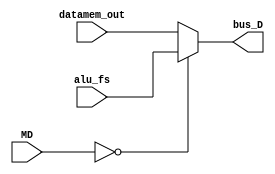
`timescale 1ns / 1ps
//////////////////////////////////////////////////////////////////////////////////
// Company: 
// Engineer: 
// 
// Design Name: 
// Module Name: MUX_D
// Project Name: 
// Target Devices: 
// Tool Versions: 
// Description: 
// 
// Dependencies: 
// 
// Revision:
// Revision 0.01 - File Created
// Additional Comments:
// 
//////////////////////////////////////////////////////////////////////////////////


module MUX_D(alu_fs,datamem_out,MD,bus_D);
input [7:0] alu_fs,datamem_out;
//input [6:0] c;
input [1:0] MD;
output reg [7:0] bus_D;
//assign c = 7'b0000000;
always@(MD)
    begin
        if(MD == 0)
        begin
            bus_D = alu_fs;
        end
       else
        begin
            bus_D = datamem_out;
        end
        end
endmodule